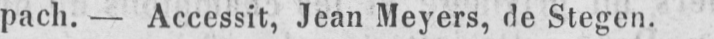
pach. - Accessit, Jean Meyers, de Stegen.